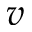
v